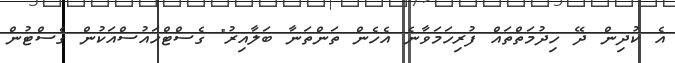
އެ ކުދިން ދޭ ހިދުމަތްތައް ފުރިހަމަވާނެ އެހެން ތަންތަނާ ބަލާއިރު" ގެސްޓްހައުސްއަކުން ގެސްޓުން